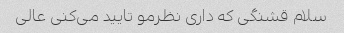
سلام قشنگی که داری نظرمو تایید می‌کنی عالی